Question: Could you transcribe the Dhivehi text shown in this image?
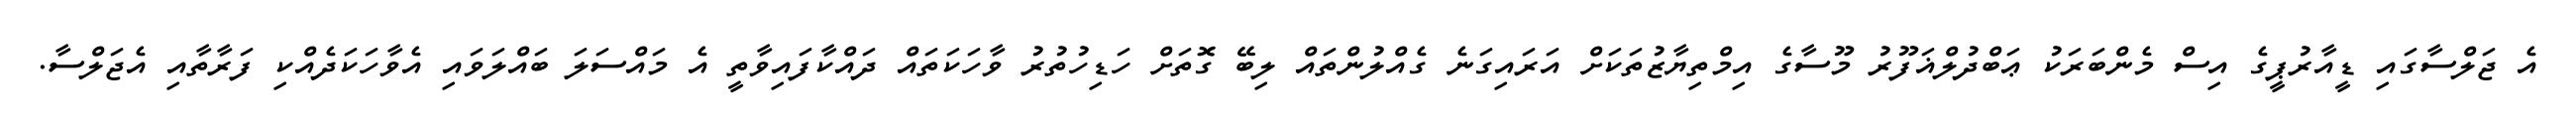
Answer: އެ ޖަލްސާގައި ޑީއާރުޕީގެ އިސް މެންބަރަކު ޢަބްދުލްޣަފޫރު މޫސާގެ އިމްތިޔާޒުތަކަށް އަރައިގަނެ ގެއްލުންތައް ލިބޭ ގޮތަށް ހަޑިހުތުރު ވާހަކަތައް ދައްކާފައިވާތީ އެ މައްސަލަ ބައްލަވައި އެވާހަކަދެއްކި ފަރާތާއި އެޖަލްސާ.